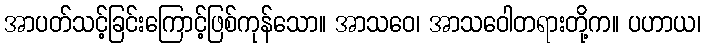
အာပတ်သင့်ခြင်းကြောင့်ဖြစ်ကုန်သော။ အာသဝေ၊ အာသဝေါတရားတို့က။ ပဟာယ၊